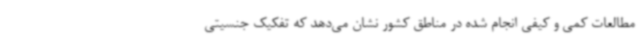
مطالعات کمی و کیفی انجام شده در مناطق کشور نشان می‌دهد که تفکیک جنسیتی